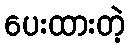
ပေးထားတဲ့